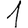
Digit: 1